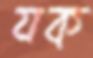
যক